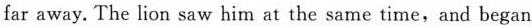
far away. The lion saw him at the same time,and began